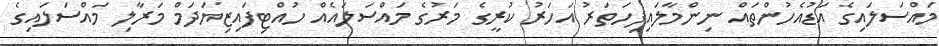
މައްސަލައިގެ އަޑުއެހުންތައް ނިންމާލައިފިހަތަރު އަހަރު ކުރީގެ މަރުގެ މައްސަލައެއް ހުއްޓިފައިޒިޔަދަމް މަރާލި މައްސަލައިގެ